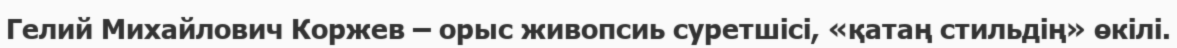
Гелий Михайлович Коржев – орыс живопсиь суретшісі, «қатаң стильдің» өкілі.